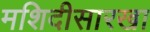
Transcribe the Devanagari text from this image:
मशिदीसारखा